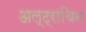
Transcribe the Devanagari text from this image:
अल्ट्राथिन